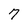
Character: 7